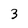
Character: 3